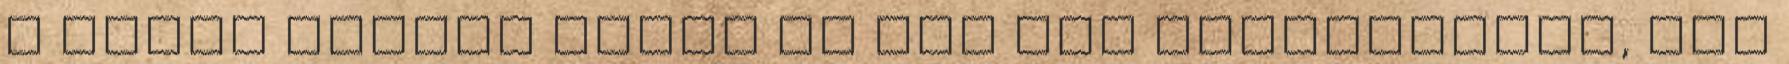
A három alkotó művei ma már sem médiumukban, sem